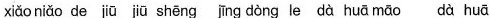
xiǎo niǎo de jiū jiū shēng jīng dòng le dà huā māo dà huā